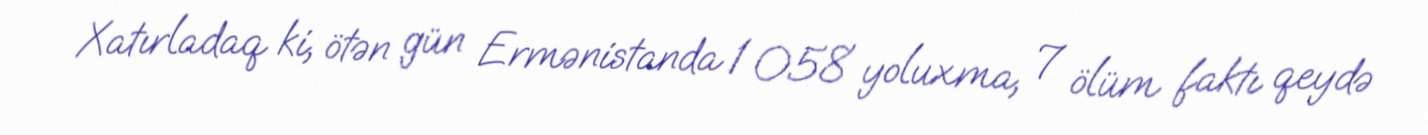
Xatırladaq ki, ötən gün Ermənistanda 1 058 yoluxma, 7 ölüm faktı qeydə